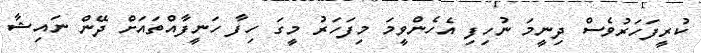
ކުރީފަހަރުވެސް ދިނީމަ ނުހިފި އެހެންވީމަ މިފަހަރު މީގަ ހިފާ ހަނީފާއްތައަށް ދޭން ނައިޝާ